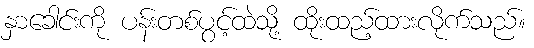
နှာခေါင်းကို ပန်းတစ်ပွင့်ထဲသို့ ထိုးထည့်ထားလိုက်သည်။